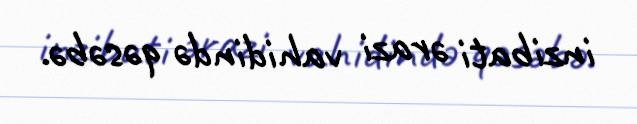
inzibati ərazi vahidində qəsəbə.